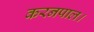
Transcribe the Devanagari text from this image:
करनपाल।